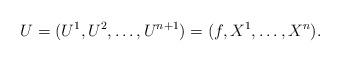
LaTeX: \begin{align*}U=(U^1, U^2, \dots, U^{n+1}) = (f, X^1, \dots, X^n).\end{align*}